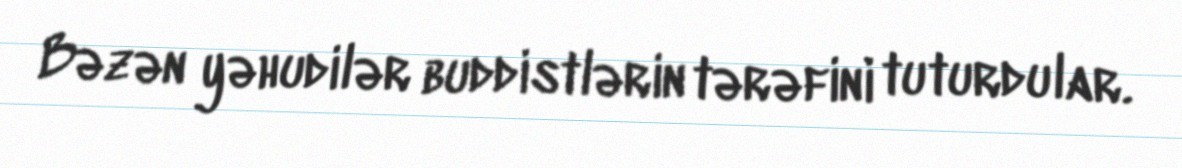
Bəzən yəhudilər buddistlərin tərəfini tuturdular.